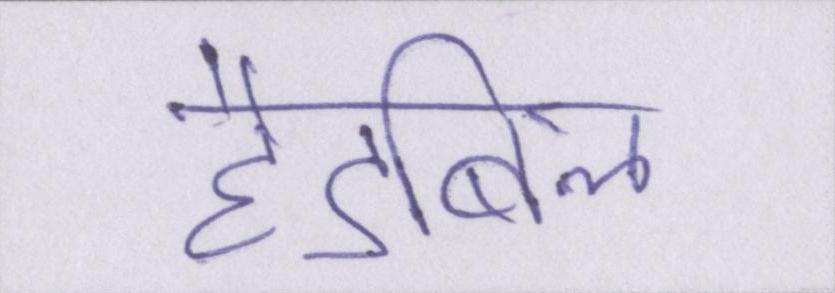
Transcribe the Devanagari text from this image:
हैंडबिल